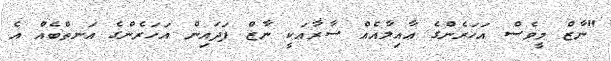
"ނާޒް މީވެސް އަހަރެންގެ ޢާއިލާއެއް ސާރާއަކީ ނާޒް ފަދައިން އަހަރެންގެ އަނތްބެއް އެ